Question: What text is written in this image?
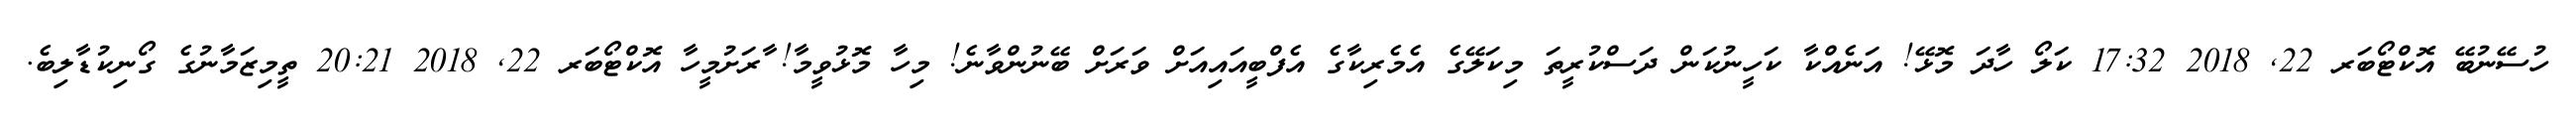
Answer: ހުސޭނުބޭ އޮކްޓޯބަރ 22, 2018 17:32 ކަލޯ ހާދަ މޮޅޭ! އަނެއްކާ ކަހީނުކަން ދަސްކުރީތަ މިކަލޭގެ އެމެރިކާގެ އެފްބީއައިއަށް ވަރަށް ބޭނުންވާނެ! މިހާ މޮޅުވީމާ! ާރަށުމީހާ އޮކްޓޯބަރ 22, 2018 20:21 ތީމިޒަމާނުގެ ގޯނިކުޑާލިބެ.